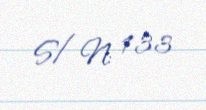
S/N: 133